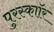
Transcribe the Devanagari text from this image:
पुरस्काॉर